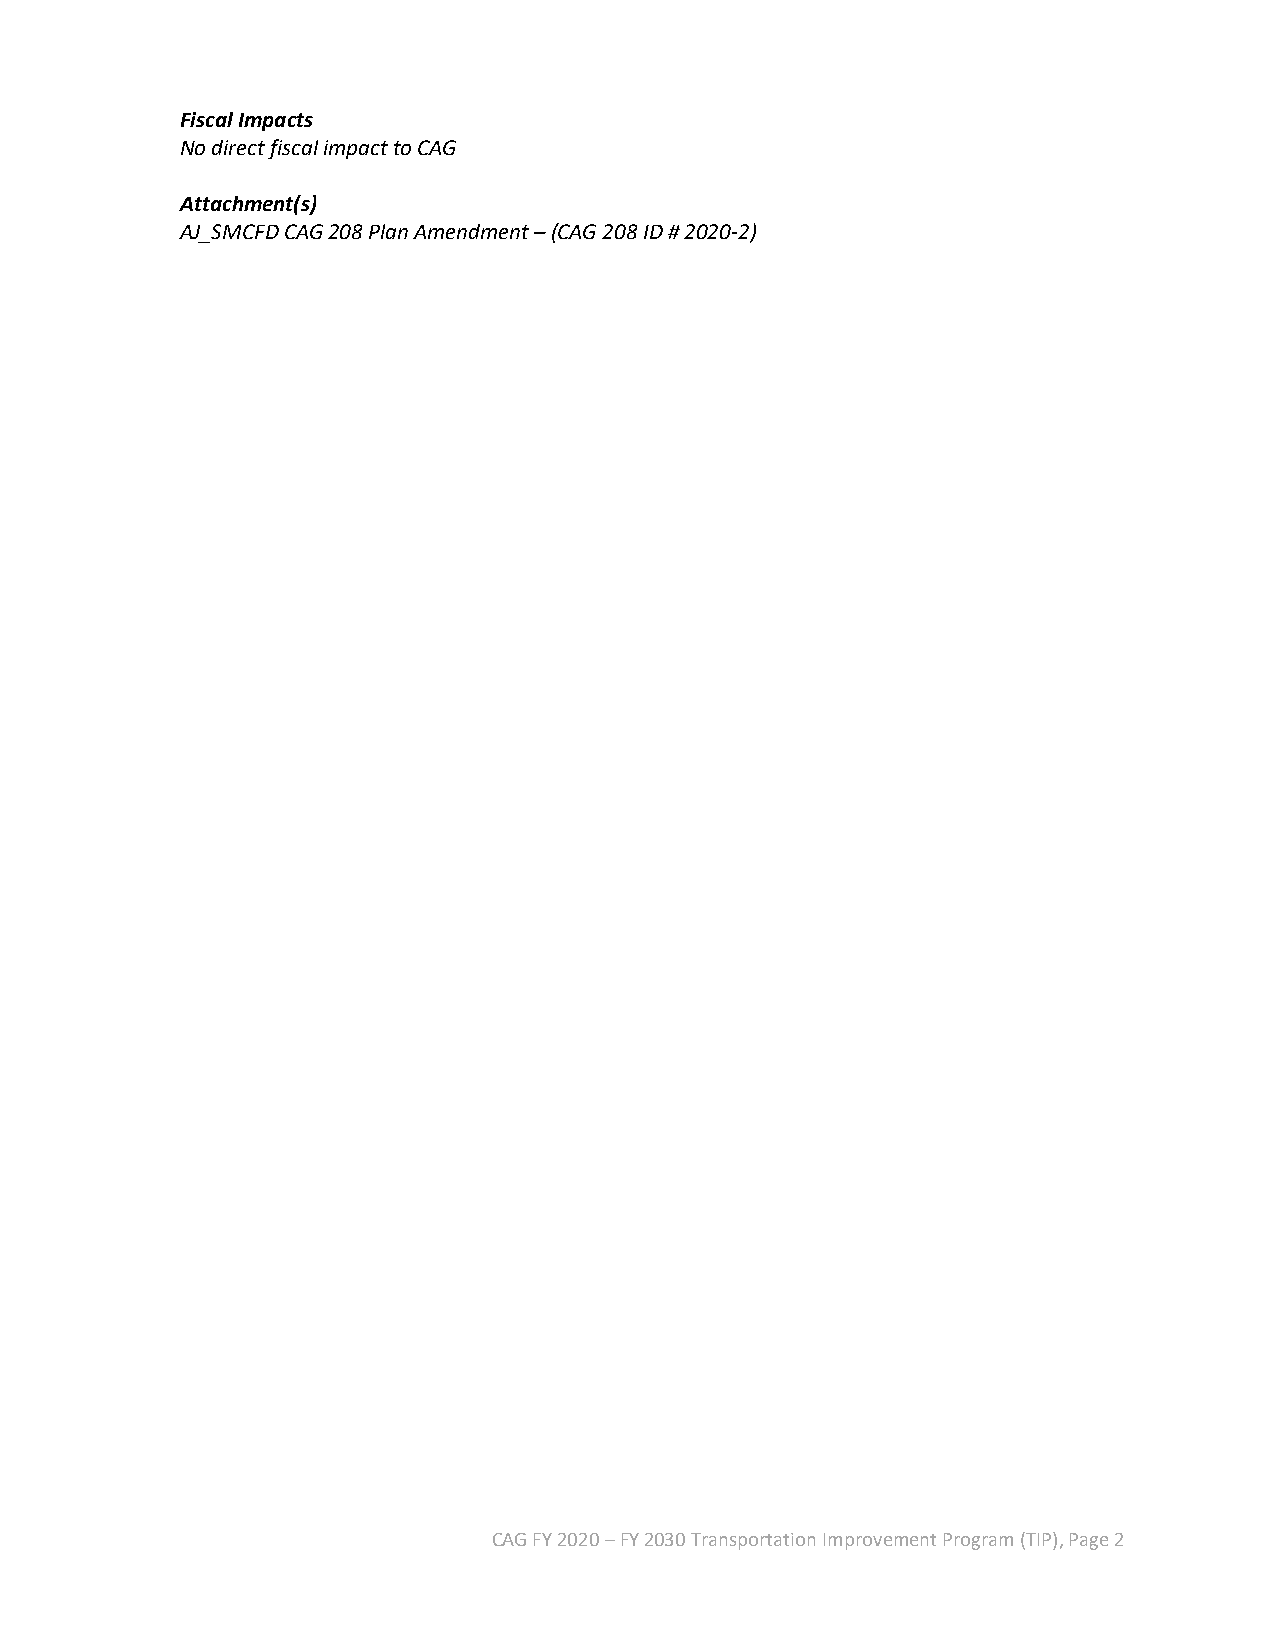
Fiscal Impacts
 No direct fiscal impact to CAG
 Attachment(s)
 AJ_SMCFD CAG 208 Plan Amendment – (CAG 208 ID # 2020-2)
 CAG FY 2020 – FY 2030 Transportation Improvement Program (TIP), Page 2